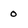
Character: 0